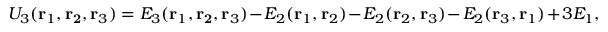
U _ { 3 } ( \mathbf { r } _ { 1 } , \mathbf { r _ { 2 } } , \mathbf { r } _ { 3 } ) = E _ { 3 } ( \mathbf { r } _ { 1 } , \mathbf { r _ { 2 } } , \mathbf { r } _ { 3 } ) - E _ { 2 } ( \mathbf { r } _ { 1 } , \mathbf { r } _ { 2 } ) - E _ { 2 } ( \mathbf { r } _ { 2 } , \mathbf { r } _ { 3 } ) - E _ { 2 } ( \mathbf { r } _ { 3 } , \mathbf { r } _ { 1 } ) + 3 E _ { 1 } ,